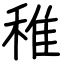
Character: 稚